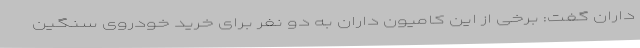
داران گفت: برخی از این کامیون داران به دو نفر برای خرید خودروی سنگین